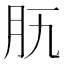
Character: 𦘵